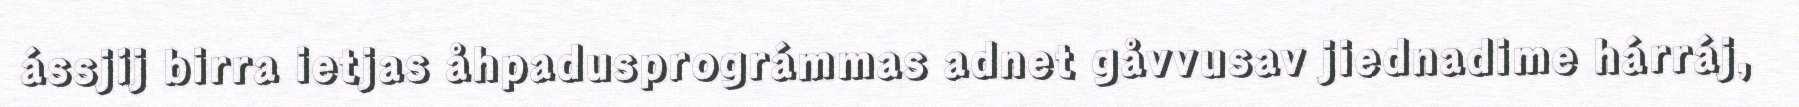
ássjij birra ietjas åhpadusprográmmas adnet gåvvusav jiednadime hárráj,